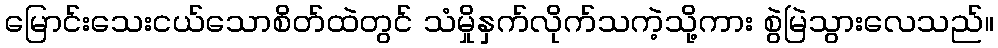
မြောင်းသေးငယ်သောစိတ်ထဲတွင် သံမှိုနှက်လိုက်သကဲ့သို့ကား စွဲမြဲသွားလေသည်။